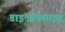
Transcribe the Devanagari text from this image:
डाइऑक्साइद